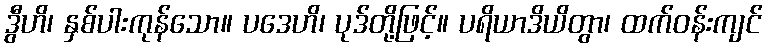
ဒွီဟိ၊ နှစ်ပါးကုန်သော။ ပဒေဟိ၊ ပုဒ်တို့ဖြင့်။ ပရိယာဒိယိတွာ၊ ထက်ဝန်းကျင်